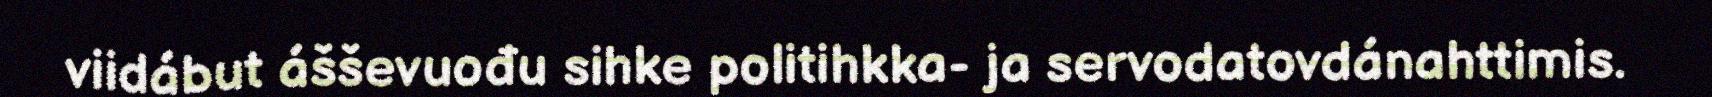
viidábut ášševuođu sihke politihkka- ja servodatovdánahttimis.